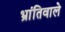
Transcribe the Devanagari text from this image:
भ्रांतिवाले